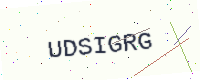
Text: UDSIGRG